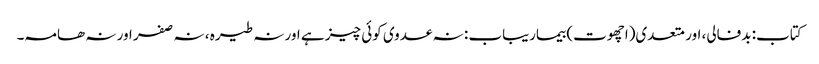
کتاب: بدفالی، اور متعدی(اچھوت) بیماریباب : نہ عدوی کوئی چیز ہے اور نہ طیرہ ، نہ صفر اور نہ ھامہ۔